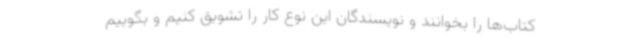
کتاب‌ها را بخوانند و نویسندگان این نوع کار را تشویق کنیم و بگوییم